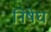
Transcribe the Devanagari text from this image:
निषेघ